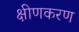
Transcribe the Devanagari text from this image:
क्षीणकरण